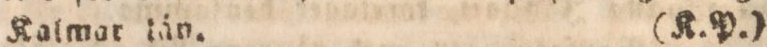
Kalmar län.    (K. P.)